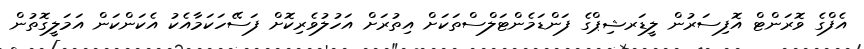
އެފްގެ ވޮރަންޓް އޮފިސަރުން ލީޑަރޝިޕްގެ ފަންޑަމެންޓަލްސްތަކަށް އިތުރަށް އަހުލުވެރިކޮށް ފަސޭހަކަމާއެކު އެކަންކަން އަމަލީގޮތުން